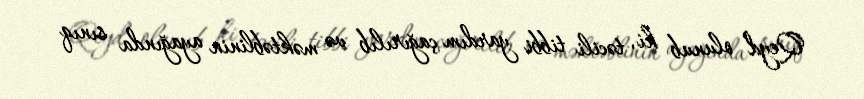
Qeyd olunub ki, təcili tibbi yardım çağırılıb və məktəblinin ayağında sınıq